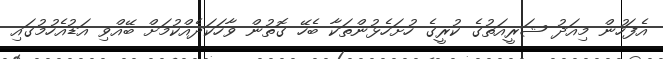
އެފަހުން މިއަދު ޝަރީއަތުގެ ކުރީގެ ހުށަހެޅުންތަކާ ބެހޭ ގޮތުން ވާހަކަދެއްކުމަށް ބޭއްވި އަޑުއެހުމުގައި